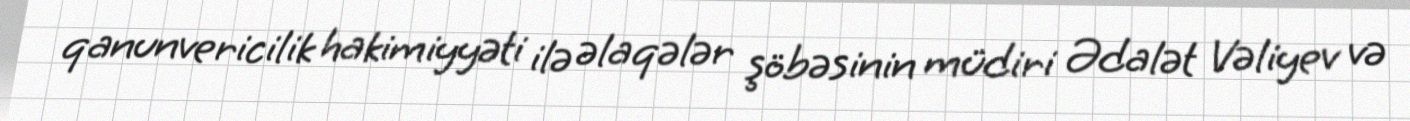
qanunvericilik hakimiyyəti ilə əlaqələr şöbəsinin müdiri Ədalət Vəliyev və